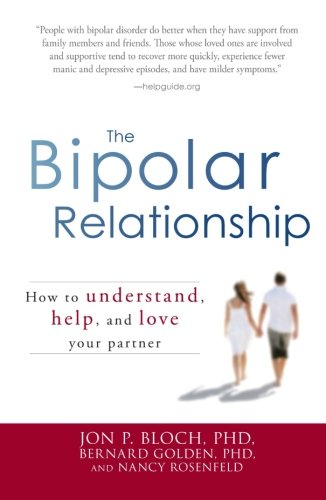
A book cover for The Bipolar Relationship: How to understand, help, and love your partner; Jon P. Bloch; Health, Fitness & Dieting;